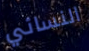
النسائي